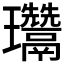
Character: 𤫨